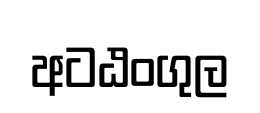
අටඨංගුල